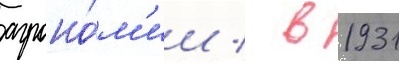
агроно́м'ии / в 1931